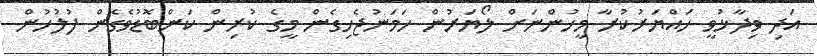
އަދި ވިދާޅުވީ ހައްޔަރުކުރާ މީހުންނަށް ލޯޔަރުން ހަމަނުޖެހިގެން މީގެ ކުރިން ކަންބޮޑުވެގެން ފުލުހުން